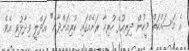
އެ މަސައްކަތް މީހުން ދިރިއުޅޭ ހުރިހާ ރަށެއްގައި ކުރިއަށްދާނެ" އަދްލީ ވިދާޅުވި އެވެ.